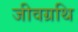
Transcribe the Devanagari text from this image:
जीवग्रथि